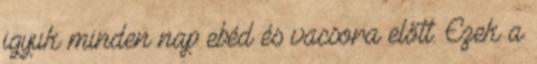
igyuk minden nap ebéd és vacsora előtt. Ezek a